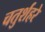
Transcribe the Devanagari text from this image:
चतुर्शहरे